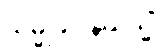
သမ္မုခါဝိနယသ္မိံ